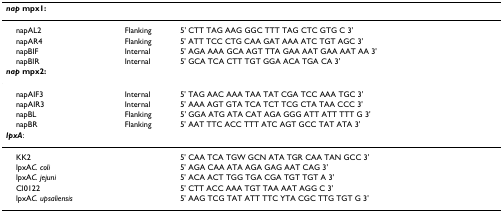
<table><thead><tr><td><b><i>nap </i>mpx1:</b></td><td></td><td></td></tr></thead><tbody><tr><td> napAL2</td><td>Flanking</td><td>5&#x27; CTT TAG AAG GGC TTT TAG CTC GTG C 3&#x27;</td></tr><tr><td> napAR4</td><td>Flanking</td><td>5&#x27; ATT TCC CTG CAA GAT AAA ATC TGT AGC 3&#x27;</td></tr><tr><td> napBIF</td><td>Internal</td><td>5&#x27; AGA AAA GCA AGT TTA GAA AAT GAA AAT AA 3&#x27;</td></tr><tr><td> napBIR</td><td>Internal</td><td>5&#x27; GCA TCA CTT TGT GGA ACA TGA CA 3&#x27;</td></tr><tr><td><b><i>nap </i>mpx2:</b></td><td></td><td></td></tr><tr><td> napAIF3</td><td>Internal</td><td>5&#x27; TAG AAC AAA TAA TAT CGA TCC AAA TGC 3&#x27;</td></tr><tr><td> napAIR3</td><td>Internal</td><td>5&#x27; AAA AGT GTA TCA TCT TCG CTA TAA CCC 3&#x27;</td></tr><tr><td> napBL</td><td>Flanking</td><td>5&#x27; GGA ATG ATA CAT AGA GGG ATT ATT TTT G 3&#x27;</td></tr><tr><td> napBR</td><td>Flanking</td><td>5&#x27; AAT TTC ACC TTT ATC AGT GCC TAT ATA 3&#x27;</td></tr><tr><td><b><i>lpxA</i></b>:</td><td></td><td></td></tr><tr><td> KK2</td><td></td><td>5&#x27; CAA TCA TGW GCN ATA TGR CAA TAN GCC 3&#x27;</td></tr><tr><td> lpxA<i>C. coli</i></td><td></td><td>5&#x27; AGA CAA ATA AGA GAG AAT CAG 3&#x27;</td></tr><tr><td> lpxA<i>C. jejuni</i></td><td></td><td>5&#x27; ACA ACT TGG TGA CGA TGT TGT A 3&#x27;</td></tr><tr><td> Cl0122</td><td></td><td>5&#x27; CTT ACC AAA TGT TAA AAT AGG C 3&#x27;</td></tr><tr><td> lpxA<i>C. upsaliensis</i></td><td></td><td>5&#x27; AAG TCG TAT ATT TTC YTA CGC TTG TGT G 3&#x27;</td></tr></tbody></table>